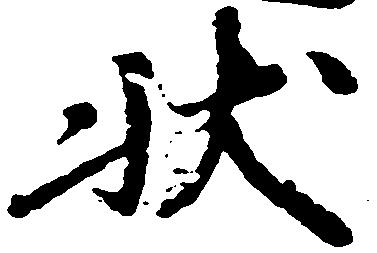
状